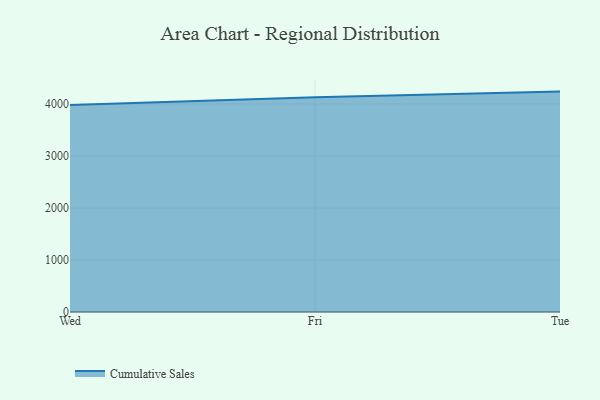
{"axis": {"x": "Day", "y": "Net Income (USD K)"}, "legend": ["Cumulative Sales"], "data": [{"x": "Wed", "y": 3981.3, "type": "Cumulative Sales"}, {"x": "Fri", "y": 4130.7, "type": "Cumulative Sales"}, {"x": "Tue", "y": 4237.9, "type": "Cumulative Sales"}]}